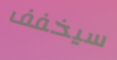
سيخفف